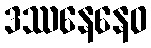
ဒဿနေနေဝ